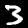
Digit: 3